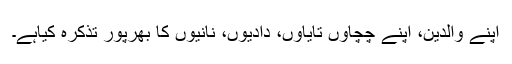
اپنے والدین، اپنے چچاؤں تایاؤں، دادیوں، نانیوں کا بھرپور تذکرہ کیاہے۔